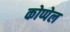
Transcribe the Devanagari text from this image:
कोप्पेल